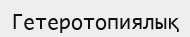
Гетеротопиялық